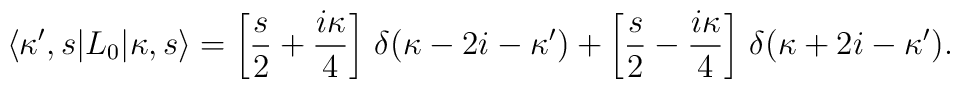
\langle\kappa',s|L_0|\kappa,s\rangle=\left[\frac{s}{2}+\frac{i\kappa}{4}\right]\,\delta(\kappa-2i-\kappa')+\left[\frac{s}{2}-\frac{i\kappa}{4}\right]\,\delta(\kappa+2i-\kappa').